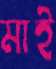
মাই